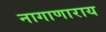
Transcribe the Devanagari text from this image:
नागाणाराय